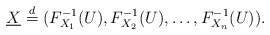
\begin{align*}\underline{X} \stackrel{d}{=} (F_{X_1}^{-1}(U),F_{X_2}^{-1}(U),\ldots,F_{X_n}^{-1}(U)).\end{align*}